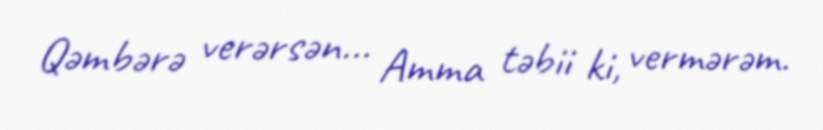
Qəmbərə verərsən... Amma təbii ki, vermərəm.